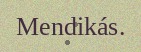
Mendikás.